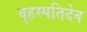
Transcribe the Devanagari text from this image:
वृहस्पतिदेव